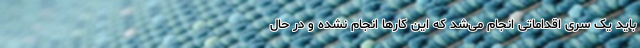
باید یک سری اقداماتی انجام می‌شد که این کارها انجام نشده و در حال